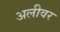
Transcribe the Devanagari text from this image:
अलीवर